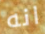
انه